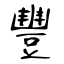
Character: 豐